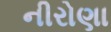
નીરોણા